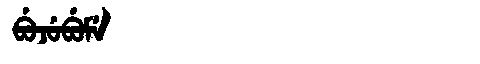
Manchu: ᠪᡠᠵᡠᠪᡠᠮᡝ
Romanization: BUJUBUME